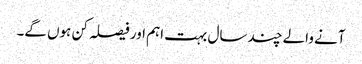
آنے والے چند سال بہت اہم اور فیصلہ کن ہوں گے۔